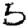
Digit: 5